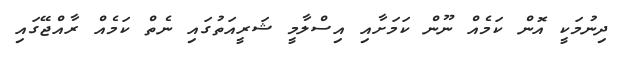
ދިނުމަކީ އޮން ކަމެއް ނޫން ކަމަށާއި އިސްލާމީ ޝަރީއަތުގައި ނެތް ކަމެއް ރާއްޖޭގައި